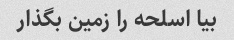
بیا اسلحه را زمین بگذار